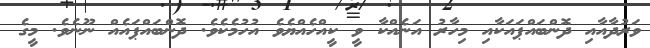
ވަރުދާއާއި ދޮންބައްޕައަކާއި މިހާރު އަނެއްކާ ވީ ކީއްހެއްޔެވެ އުހުމެކެވެ. ދޮންބައްޕައެއް ނޫނެވެ. މީގެ